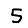
Digit: 5